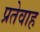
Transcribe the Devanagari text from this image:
प्रतेवाह